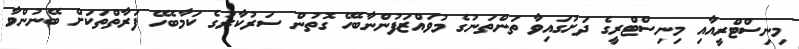
މިނިސްޓްރީއާއި މިނިސްޓްރީގެ ދަށުގައިވާ ތަންތަނުގެ މުވައްޒަފުންނާބެހޭ ގޮތުން ސަރުކާރުގެ ކަމާބެހޭ ފަރާތްތަކަށް ބޭނުންވާ